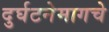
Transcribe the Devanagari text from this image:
दुर्घटनेमागचे